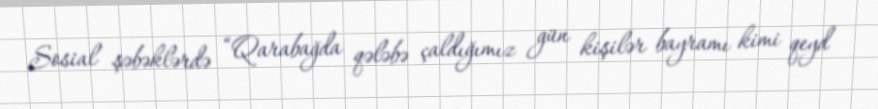
Sosial şəbəklərdə “Qarabağda qələbə çaldığımız gün kişilər bayramı kimi qeyd